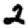
Digit: 2